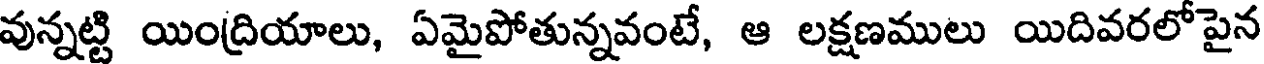
వున్నట్టి యింద్రియాలు, ఏమైపోతున్నవంటే, ఆ లక్షణములు యిదివరలోపైన